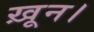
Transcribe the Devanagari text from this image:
ख़ून।